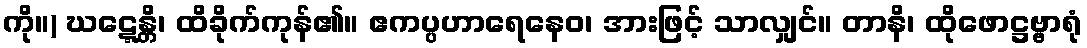
ကို။) ဃဋ္ဋေန္တိ၊ ထိခိုက်ကုန်၏။ ဧကပ္ပဟာရေနေဝ၊ အားဖြင့် သာလျှင်။ တာနိ၊ ထိုဖောဋ္ဌဗ္ဗာရုံ